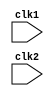
module pipe_MIPS32 (clk1, clk2);

input clk1,clk2;    // Two phase clock

reg[31:0] PC, IF_ID_IR, IF_ID_NPC;                            //Program Counter and Intermediate Latches 
reg[31:0] ID_EX_IR, ID_EX_NPC, ID_EX_A,ID_EX_B, ID_EX_Imm;            //Required for Execute stage
reg[2:0]  ID_EX_type, EX_MEM_type, MEM_WB_type;                       //type of instruction (elaborated below) 
reg[31:0] EX_MEM_IR,    EX_MEM_ALUOut, EX_MEM_B;
reg       EX_MEM_cond;                                                     //Branch Condition
reg[31:0] MEM_WB_IR, MEM_WB_ALUOut, MEM_WB_LMD;

reg[31:0] Reg[0:31];    //Register Bank
reg[31:0] Mem[1023:0];    //Memory -- 1024 x 32

parameter ADD=6'b000000, SUB=6'b000001, AND=6'b000010, OR=6'b000011, SLT=6'b000100, MUL=6'b000101,
          HLT=6'b111111, LW=6'b001000, SW=6'b001001, ADDI=6'b001010, SUBI=6'b001011, SLTI=6'b001100,
          BENQZ = 6'b001101, BEQZ=6'b001110;

parameter RR_ALU=3'b000, RM_ALU=3'b001, LOAD=3'b010, STORE=3'b011, BRANCH=3'b100, HALT=3'b101 ;    // for type mentioned above

reg HALTED;                 //Set after HLT instruction is completed ( in WriteBack stage)
reg TAKEN_BRANCH;           //Required to disable further instructions after Branch

//------Instruction Fetch(IF) Stage----//

always @(posedge clk1)
    if (HALTED == 0)
    begin
        if (((EX_MEM_IR[31:26] == BEQZ) && (EX_MEM_cond == 1))  || ((EX_MEM_IR[31:26] == BENQZ) && (EX_MEM_cond == 0)))
            begin
                IF_ID_IR      <=  #2 Mem[EX_MEM_ALUOut];
                TAKEN_BRANCH  <=  #2 1'b1;
                IF_ID_NPC     <=  #2 EX_MEM_ALUOut + 1;
                PC            <=  #2 EX_MEM_ALUOut + 1;
            end
        else
            begin
                IF_ID_IR      <=  #2 Mem[PC];
                IF_ID_NPC     <=  #2 PC + 1;
                PC            <=  #2 PC + 1;
            end
    end
 
//------Instruction Decode(ID) Stage----//

always @(posedge clk2)
    if (HALTED == 0)
    begin
        if(IF_ID_IR[25:21] == 5'b00000) ID_EX_A <= 0;    //r0 register
        else ID_EX_A      <=  #2 Reg[IF_ID_IR[25:21]];   // "rs"

        if(IF_ID_IR[20:16] == 5'b00000) ID_EX_B <= 0;    //r0 register
        else ID_EX_A      <=  #2 Reg[IF_ID_IR[20:16]];   // "rt"

        ID_EX_NPC  <= #2 IF_ID_NPC;
        ID_EX_IR  <= #2 IF_ID_IR;
        ID_EX_Imm  <= #2 {{16{IF_ID_IR[15]}},{IF_ID_IR[15:0]}};   //Sign extension

        case(IF_ID_IR[31:26])                                    //type of instruction
            ADD,SUB,AND,OR,SLT,MUL : ID_EX_type <= #2 RR_ALU;
            ADDI,SUBI,SLTI         : ID_EX_type <= #2 RM_ALU;
            LW                     : ID_EX_type <= #2 LOAD;
            SW                     : ID_EX_type <= #2 STORE;
            BENQZ,BEQZ             : ID_EX_type <= #2 BRANCH;
            HLT                    : ID_EX_type <= #2 HALT;
            default                : ID_EX_type <= #2 HALT;    //Invalid opcode
        endcase
    end

//------Execute(EX) Stage----//
always @(posedge clk1)
    if (HALTED == 0)
    begin
        EX_MEM_type   <= #2 ID_EX_type;
        EX_MEM_IR     <= #2 ID_EX_IR;
        TAKEN_BRANCH  <= #2 0;

        case (ID_EX_type)
        RR_ALU: begin
            case(ID_EX_IR[31:26])                                //opcode
            ADD     : EX_MEM_ALUOut <= #2 ID_EX_A + ID_EX_B;
            SUB     : EX_MEM_ALUOut <= #2 ID_EX_A - ID_EX_B;
            AND     : EX_MEM_ALUOut <= #2 ID_EX_A & ID_EX_B;
            OR      : EX_MEM_ALUOut <= #2 ID_EX_A | ID_EX_B;
            SLT     : EX_MEM_ALUOut <= #2 ID_EX_A < ID_EX_B;
            MUL     : EX_MEM_ALUOut <= #2 ID_EX_A * ID_EX_B;
            default : EX_MEM_ALUOut <= #2 32'hxxxxxxxx;
            endcase
        end

        RM_ALU: begin
            case(ID_EX_IR[31:26])                                  //opcode
            ADDI    : EX_MEM_ALUOut <= #2 ID_EX_A + ID_EX_Imm;
            SUBI    : EX_MEM_ALUOut <= #2 ID_EX_A - ID_EX_Imm;
            SLTI    : EX_MEM_ALUOut <= #2 ID_EX_A < ID_EX_Imm;
            default : EX_MEM_ALUOut <= #2 32'hxxxxxxxx;
            endcase
        end

        LOAD,STORE: begin
            EX_MEM_ALUOut <= #2 ID_EX_A + ID_EX_Imm;
            EX_MEM_B      <= #2 ID_EX_B;
        end
        
        BRANCH: begin
            EX_MEM_ALUOut <= #2 ID_EX_NPC + ID_EX_Imm;  // Target adress of branch... Imm is offset
            EX_MEM_cond      <= #2 (ID_EX_A ==0);       // Used in IF Stage
        end
    endcase
end    

//------Memory(MEM) Stage----//
always @(posedge clk2)
    if (HALTED == 0)
    begin
        MEM_WB_type  <= #2 EX_MEM_type;
        MEM_WB_IR    <= #2 EX_MEM_IR;

        case(EX_MEM_type)
        RR_ALU,RM_ALU: MEM_WB_ALUOut <= #2 EX_MEM_ALUOut;
        LOAD:          MEM_WB_LMD    <= #2 Mem[EX_MEM_ALUOut];
        STORE: if(TAKEN_BRANCH == 0)  //Disable Write
                Mem[EX_MEM_ALUOut]  <= #2 EX_MEM_B;
        endcase
    end

//------WriteBack(WB) Stage----//
always @(posedge clk1)
    begin
        if (TAKEN_BRANCH == 0) //Disable Write if branch is taken

        case(MEM_WB_type)
        RR_ALU: Reg[MEM_WB_IR[15:11]] <= #2 MEM_WB_ALUOut;   //"rd"
        RM_ALU: Reg[MEM_WB_IR[20:16]] <= #2 MEM_WB_ALUOut;   //"rt"
        LOAD: Reg[MEM_WB_IR[15:11]]   <= #2 MEM_WB_LMD;      //"rt"
        HALT: HALTED <= #2 1'b1;
        endcase
    end
endmodule